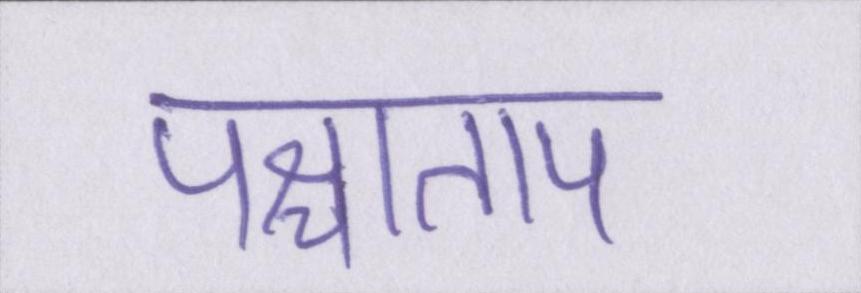
पश्चाताप